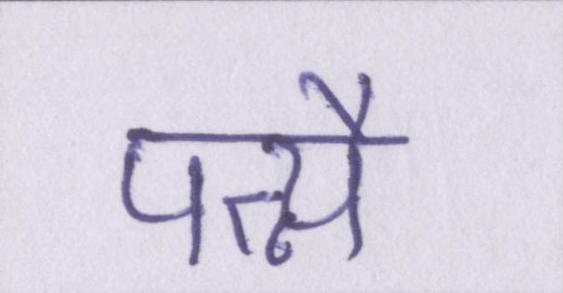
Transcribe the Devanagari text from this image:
पत्न्यै